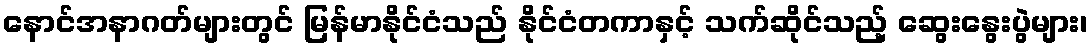
နောင်အနာဂတ်များတွင် မြန်မာနိုင်ငံသည် နိုင်ငံတကာနှင့် သက်ဆိုင်သည့် ဆွေးနွေးပွဲများ၊